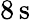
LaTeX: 8\, \mathrm{s}